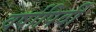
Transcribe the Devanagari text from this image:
वर्षापिर्वी